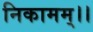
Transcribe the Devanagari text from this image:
निकामम्।।